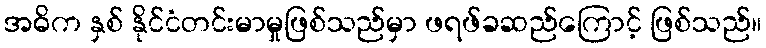
အဓိက နှစ် နိုင်ငံတင်းမာမှုဖြစ်သည်မှာ ဖရဖ်ခဆည်ကြောင့် ဖြစ်သည်။